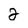
Character: 2